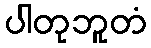
ပါတုဘူတံ